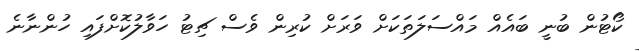
ކޯޓުން ބުނީ ބައެއް މައްސަލަތަކަށް ވަރަށް ކުރިން ވެސް ޗިޓު ހަވާލުކޮށްފައި ހުންނާނެ